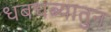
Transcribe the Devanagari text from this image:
धबधब्यातुन